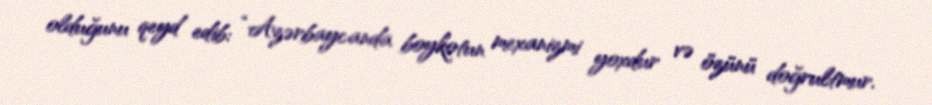
olduğunu qeyd edib: “Azərbaycanda boykotun mexanizmi yoxdur və özünü doğrultmur.